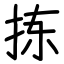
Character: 拣